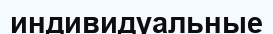
индивидуальные